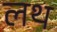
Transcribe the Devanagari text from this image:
लथ